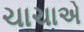
ચાચાએ